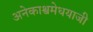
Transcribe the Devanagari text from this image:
अनेकाश्वमेधयाजी